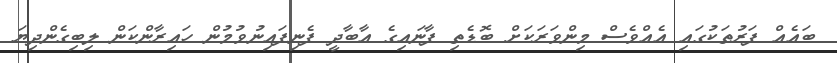
ބައެއް ފަރުތަކުގައި އެއްވެސް މިންވަރަކަށް ބޮޑެތި ފާނައިގެ އާބާދީ ފެނިފައިނުވުމުން ހައިރާންކަން ލިބިގެންދިޔަ